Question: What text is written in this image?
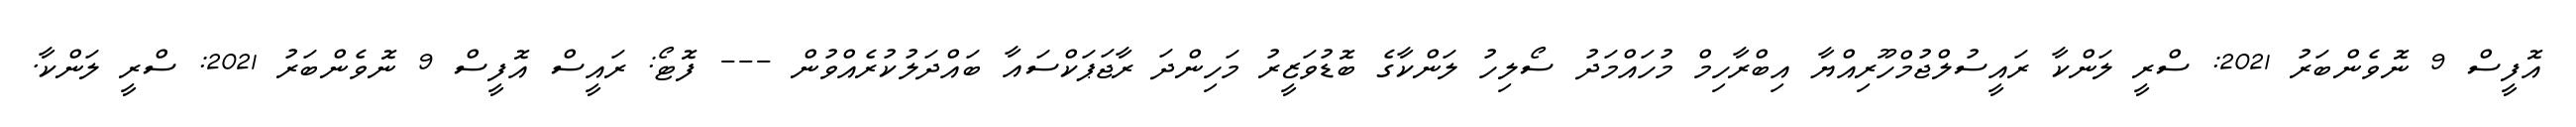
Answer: އޮފީސް 9 ނޮވެންބަރު 2021: ސްރީ ލަންކާ ރައީސުލްޖުމްހޫރިއްޔާ އިބްރާހިމް މުހައްމަދު ސޯލިހު ލަންކާގެ ބޮޑުވަޒީރު މަހިންދަ ރާޖަޕަކްސައާ ބައްދަލުކުރެއްވުން --- ފޮޓޯ: ރައީސް އޮފީސް 9 ނޮވެންބަރު 2021: ސްރީ ލަންކާ.